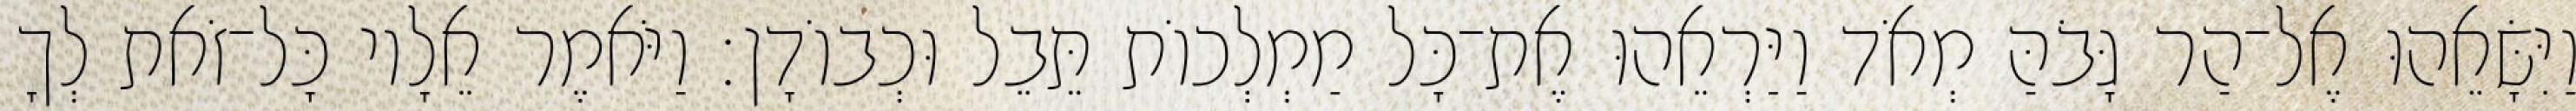
וַיִּשָּׂאֵהוּ אֶל־הַר גָּבֹהַּ מְאֹד וַיַּרְאֵהוּ אֶת־כָּל מַמְלְכוֹת תֵּבֵל וּכְבוֹדָן׃ וַיֹּאמֶר אֵלָיו כָּל־זֹאת לְךָ